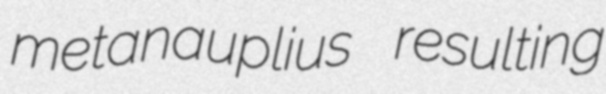
metanauplius resulting